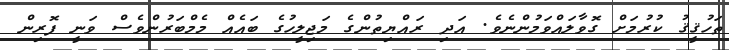
ތަހުޤީޤު ކުރުމަށް ގޮވާލައްވަމުންނެވެ. އަދި ރައްޔިތުންގެ މަޖިލީހުގެ ބައެއް މެމްބަރުންވެސް ވަނީ ފޮރިން